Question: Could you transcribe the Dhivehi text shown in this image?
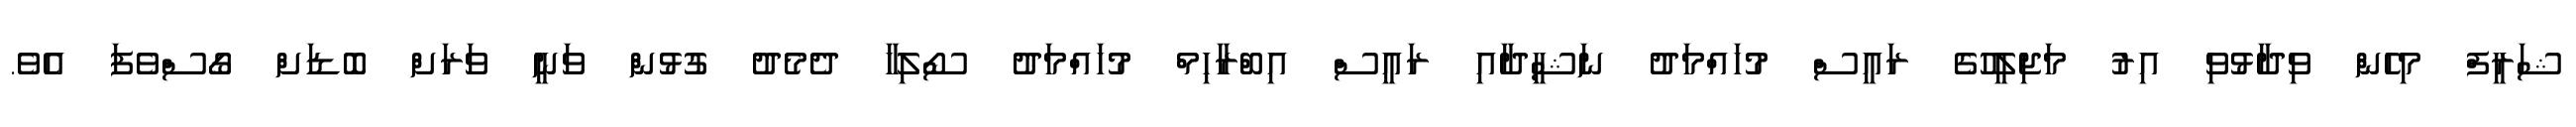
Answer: ޝަރީފް މިހެން ވިދާޅުވި އިރު މަޖިލީހުގެ ރައީސް މުހައްމަދު ނަޝީދާއި ރައީސް އިބްރާހިމް މުހައްމަދު ސޯލިހާ ދެމެދު ގުޅުން ވަނީ ވަރަށް ބޮޑަށް ގޯސްވެފަ އެވެ.